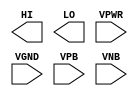
/**
 * Copyright 2020 The SkyWater PDK Authors
 *
 * Licensed under the Apache License, Version 2.0 (the "License");
 * you may not use this file except in compliance with the License.
 * You may obtain a copy of the License at
 *
 *     https://www.apache.org/licenses/LICENSE-2.0
 *
 * Unless required by applicable law or agreed to in writing, software
 * distributed under the License is distributed on an "AS IS" BASIS,
 * WITHOUT WARRANTIES OR CONDITIONS OF ANY KIND, either express or implied.
 * See the License for the specific language governing permissions and
 * limitations under the License.
 *
 * SPDX-License-Identifier: Apache-2.0
 */

`ifndef SKY130_FD_SC_LP__CONB_PP_BLACKBOX_V
`define SKY130_FD_SC_LP__CONB_PP_BLACKBOX_V

/**
 * conb: Constant value, low, high outputs.
 *
 * Verilog stub definition (black box with power pins).
 *
 * WARNING: This file is autogenerated, do not modify directly!
 */

`timescale 1ns / 1ps
`default_nettype none

(* blackbox *)
module sky130_fd_sc_lp__conb (
    HI  ,
    LO  ,
    VPWR,
    VGND,
    VPB ,
    VNB
);

    output HI  ;
    output LO  ;
    input  VPWR;
    input  VGND;
    input  VPB ;
    input  VNB ;
endmodule

`default_nettype wire
`endif  // SKY130_FD_SC_LP__CONB_PP_BLACKBOX_V